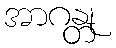
အာဂန္တု